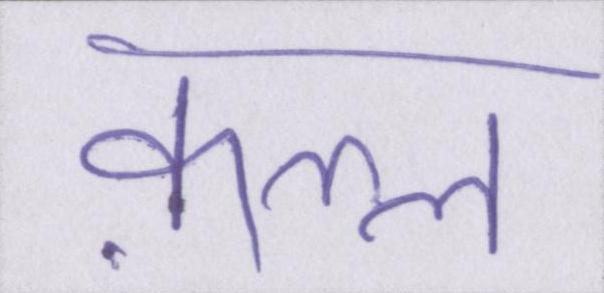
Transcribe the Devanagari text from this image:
क़त्ल